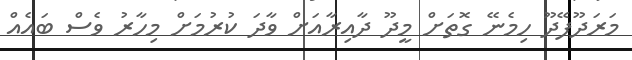
މަރަދޫފޭދޫ ހިމެނޭ ގޮތަށް މީދޫ ދާއިރާއަށް ވާދަ ކުރުމަށް މިހާރު ވެސް ބައެއް